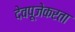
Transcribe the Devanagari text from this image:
देवपूजेकरता